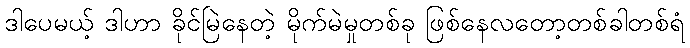
ဒါပေမယ့် ဒါဟာ ခိုင်မြဲနေတဲ့ မိုက်မဲမှုတစ်ခု ဖြစ်နေလတော့တစ်ခါတစ်ရံ